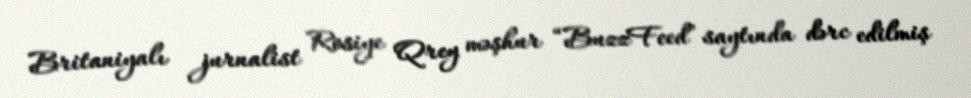
Britaniyalı jurnalist Rosiye Qrey məşhur “BuzzFeed” saytında dərc edilmiş